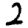
Digit: 2